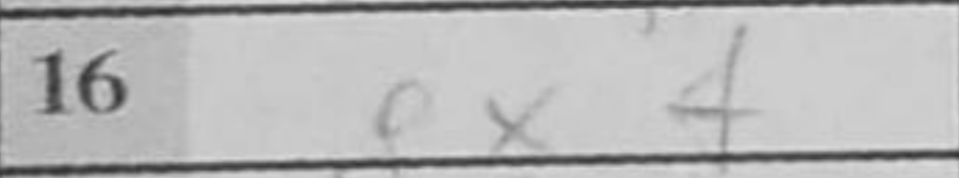
Transcription: gxf